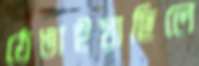
ঠেঙাইয়াছিলে